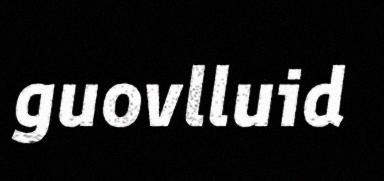
guovlluid